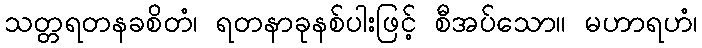
သတ္တရတနခစိတံ၊ ရတနာခုနစ်ပါးဖြင့် စီအပ်သော။ မဟာရဟံ၊